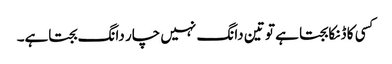
کسی کا ڈنکا بجتا ہے تو تین دانگ نہیں چار دانگ بجتاہے۔